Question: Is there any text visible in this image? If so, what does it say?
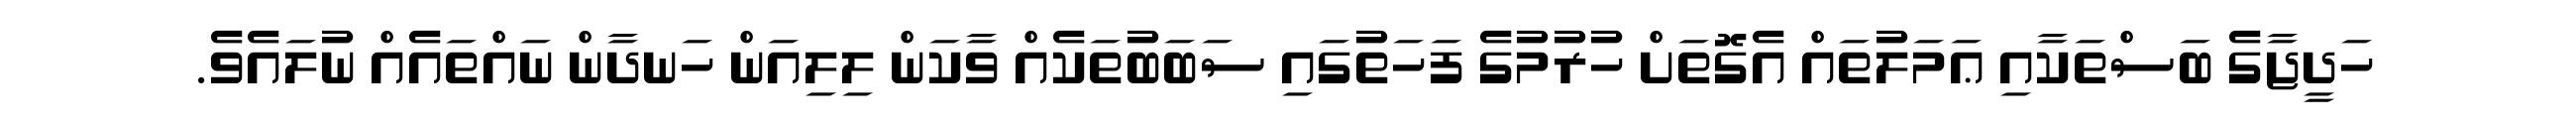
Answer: ހަދީޖާގެ ބަސްތަކާއި ޢަމަލުތައް އެގޮތަށް ހުރުމުގެ ފަހަތުގައި ސަބަބުތަކެއް ވާކަން ލިލިއަން ހަނދާން ނައްތައެއް ނުލައެވެ.